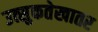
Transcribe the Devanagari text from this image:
उत्सुकतेखातर